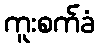
ကူးစက်ခံ